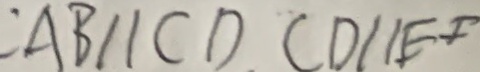
: A B / / C D C D / / E F